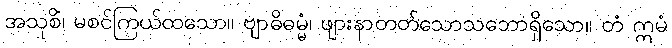
အသုစိံ၊ မစင်ကြယ်ထသော။ ဗျာဓိဓမ္မံ၊ ဖျားနာတတ်သောသဘောရှိသော။ တံ ဣမံ